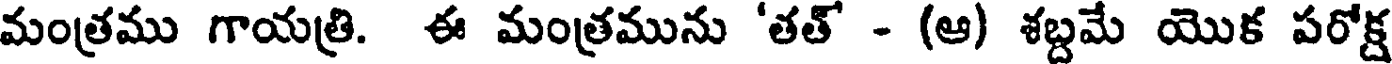
మంత్రము గాయత్రి. ఈ మంత్రమును 'తత్ - (ఆ) శబ్దమే యొక పరోక్ష